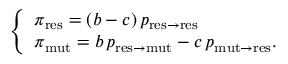
\left\{ \begin{array} { l l } { \pi _ { \mathrm { r e s } } = ( b - c ) \, p _ { \mathrm { r e s \to r e s } } } \\ { \pi _ { \mathrm { m u t } } = b \, p _ { \mathrm { r e s \to m u t } } - c \, p _ { \mathrm { m u t \to r e s } } . } \end{array} \right.